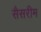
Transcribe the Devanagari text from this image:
सैसरीम